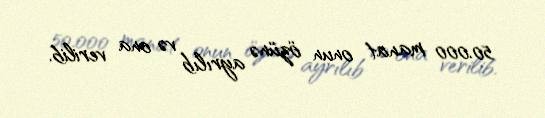
50.000 manat onun özünə ayrılıb və ona verilib.